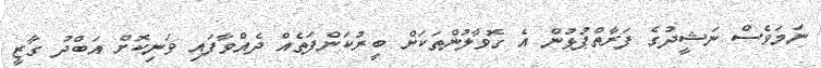
ނަމަވެސް ނަޝީދުގެ ފަރާތްޕުޅުން އެ ގޮވާލުންތަކަށް ބީރުކަންފަތެއް ދެއްވާފައި ވަނިކޮށް އަބްދު ގާޒީ